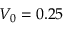
V _ { 0 } = 0 . 2 5